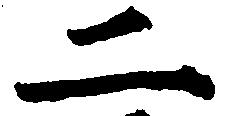
二